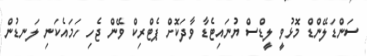
ސަންޑަލޭންޑް މޮޅުވީ ލީޑްސް ޔުނައިޓެޑާ ވާދަކޮށް ޕެޓްރިކް ވޭން ޖެހި ހަމައެކަނި ލަނޑުން